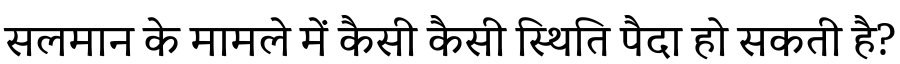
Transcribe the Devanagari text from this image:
सलमान के मामले में कैसी कैसी स्थिति पैदा हो सकती है?